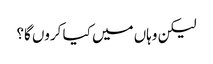
لیکن وہاں میں کیا کروں گا؟